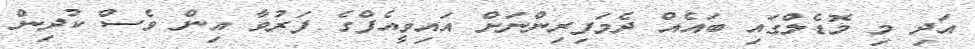
އަދި މި މޮޑެލްގައި ބައެއް ދެމަފިރިންނަށް އައިވީއެފްގެ ފަރުވާ އިން ވެސް ކުދިން